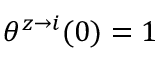
\theta ^ { z \rightarrow i } ( 0 ) = 1